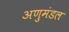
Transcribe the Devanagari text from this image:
अणुमंडल